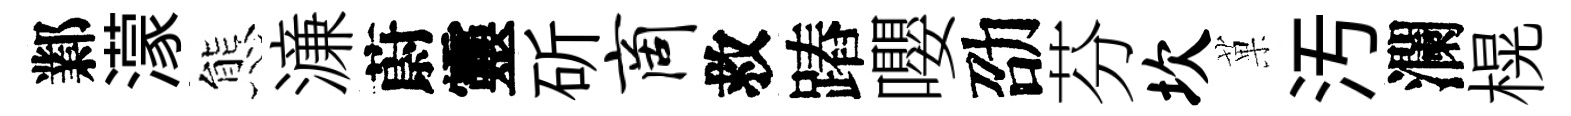
鄴濛態濓蔚靈斫商救蹖嚶劭芬坎菓汚瀾榥